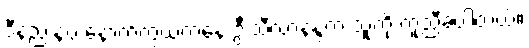
ဒီနည်းနဲ့ပဲ နောက်ကွယ်ကနေ ဦးသီလာနန္ဒက သူ့ကို ကူညီခဲ့ပါတယ်။